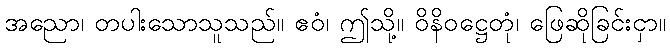
အညော၊ တပါးသောသူသည်။ ဧဝံ၊ ဤသို့။ ဝိနိဝဋ္ဌေတုံ၊ ဖြေဆိုခြင်းငှာ။